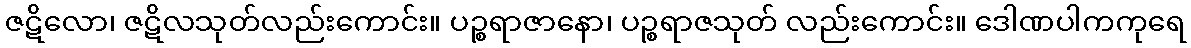
ဇဋိလော၊ ဇဋိလသုတ်လည်းကောင်း။ ပဉ္စရာဇာနော၊ ပဉ္စရာဇသုတ် လည်းကောင်း။ ဒေါဏပါကကုရေ